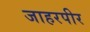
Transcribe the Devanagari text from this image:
जाहरपीर